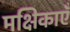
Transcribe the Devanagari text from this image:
मक्षिकाएँ